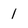
Character: 1